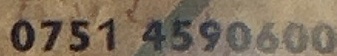
0751 4590600